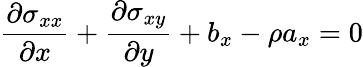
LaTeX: \frac{\partial\sigma_{xx}}{\partial x}+\frac{\partial\sigma_{xy}}{\partial y}+b_{x}-\rho a_{x}=0